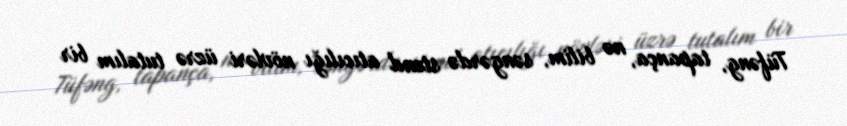
Tüfəng, tapança, nə bilim, səngərdə stend atıcılığı növləri üzrə tutalım bir